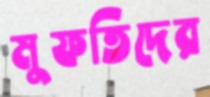
মুফতিদের